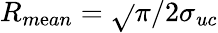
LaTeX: R_{m\mathrm{e}an}=\sqrt{}{{\pi/2}}\sigma_{uc}